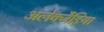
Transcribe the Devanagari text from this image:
अलेक्जैंड्रिया